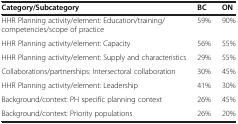
<table><thead><tr><td><b>Category/Subcategory</b></td><td><b>BC</b></td><td><b>ON</b></td></tr></thead><tbody><tr><td>HHR Planning activity/element: Education/training/competencies/scope of practice</td><td>59%</td><td>90%</td></tr><tr><td>HHR Planning activity/element: Capacity</td><td>56%</td><td>55%</td></tr><tr><td>HHR Planning activity/element: Supply and characteristics</td><td>29%</td><td>55%</td></tr><tr><td>Collaborations/partnerships: Intersectoral collaboration</td><td>30%</td><td>45%</td></tr><tr><td>HHR Planning activity/element: Leadership</td><td>41%</td><td>30%</td></tr><tr><td>Background/context: PH specific planning context</td><td>26%</td><td>45%</td></tr><tr><td>Background/context: Priority populations</td><td>26%</td><td>20%</td></tr></tbody></table>